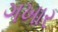
ગખાર